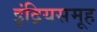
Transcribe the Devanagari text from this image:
इंद्रियसमूह